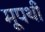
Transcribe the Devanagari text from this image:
मूपथी